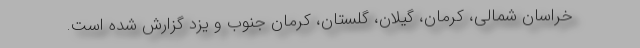
خراسان شمالی، کرمان، گیلان، گلستان، کرمان جنوب و یزد گزارش شده است.